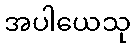
အပါယေသု